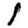
Digit: 1